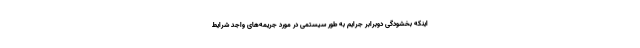
اینکه بخشودگی دوبرابر جرایم به طور سیستمی در مورد جریمه‌های واجد شرایط